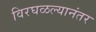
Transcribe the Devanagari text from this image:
विरघळल्यानंतर